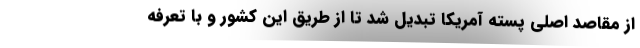
از مقاصد اصلی پسته آمریکا تبدیل شد تا از طریق این کشور و با تعرفه